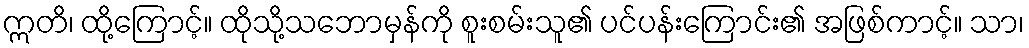
ဣတိ၊ ထို့ကြောင့်။ ထိုသို့သဘောမှန်ကို စူးစမ်းသူ၏ ပင်ပန်းကြောင်း၏ အဖြစ်ကာင့်။ သာ၊